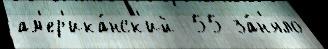
ам'ер'ика́нск'ий  55 за́н'яло